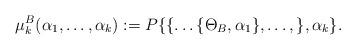
LaTeX: \begin{align*}\mu_k^B(\alpha_1,\ldots,\alpha_k):=P\{\{\ldots\{\Theta_B,\alpha_1\},\ldots,\},\alpha_k\}.\end{align*}